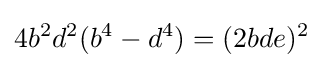
4b^{2}d^{2}(b^{4}-d^{4})=(2bde)^{2}